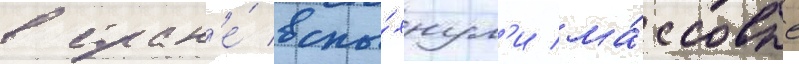
в стран'е́ вспы́хнул'и ма́ссовые